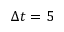
\Delta t = 5